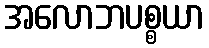
အလောဘပစ္စယာ